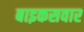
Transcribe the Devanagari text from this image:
बाइकसवार